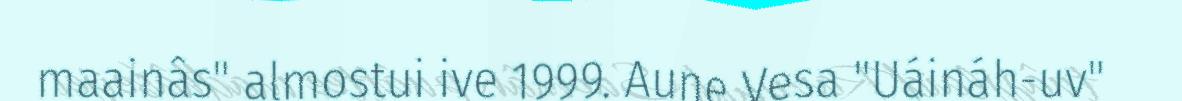
maainâs" almostui ive 1999. Aune Vesa "Uáináh-uv"